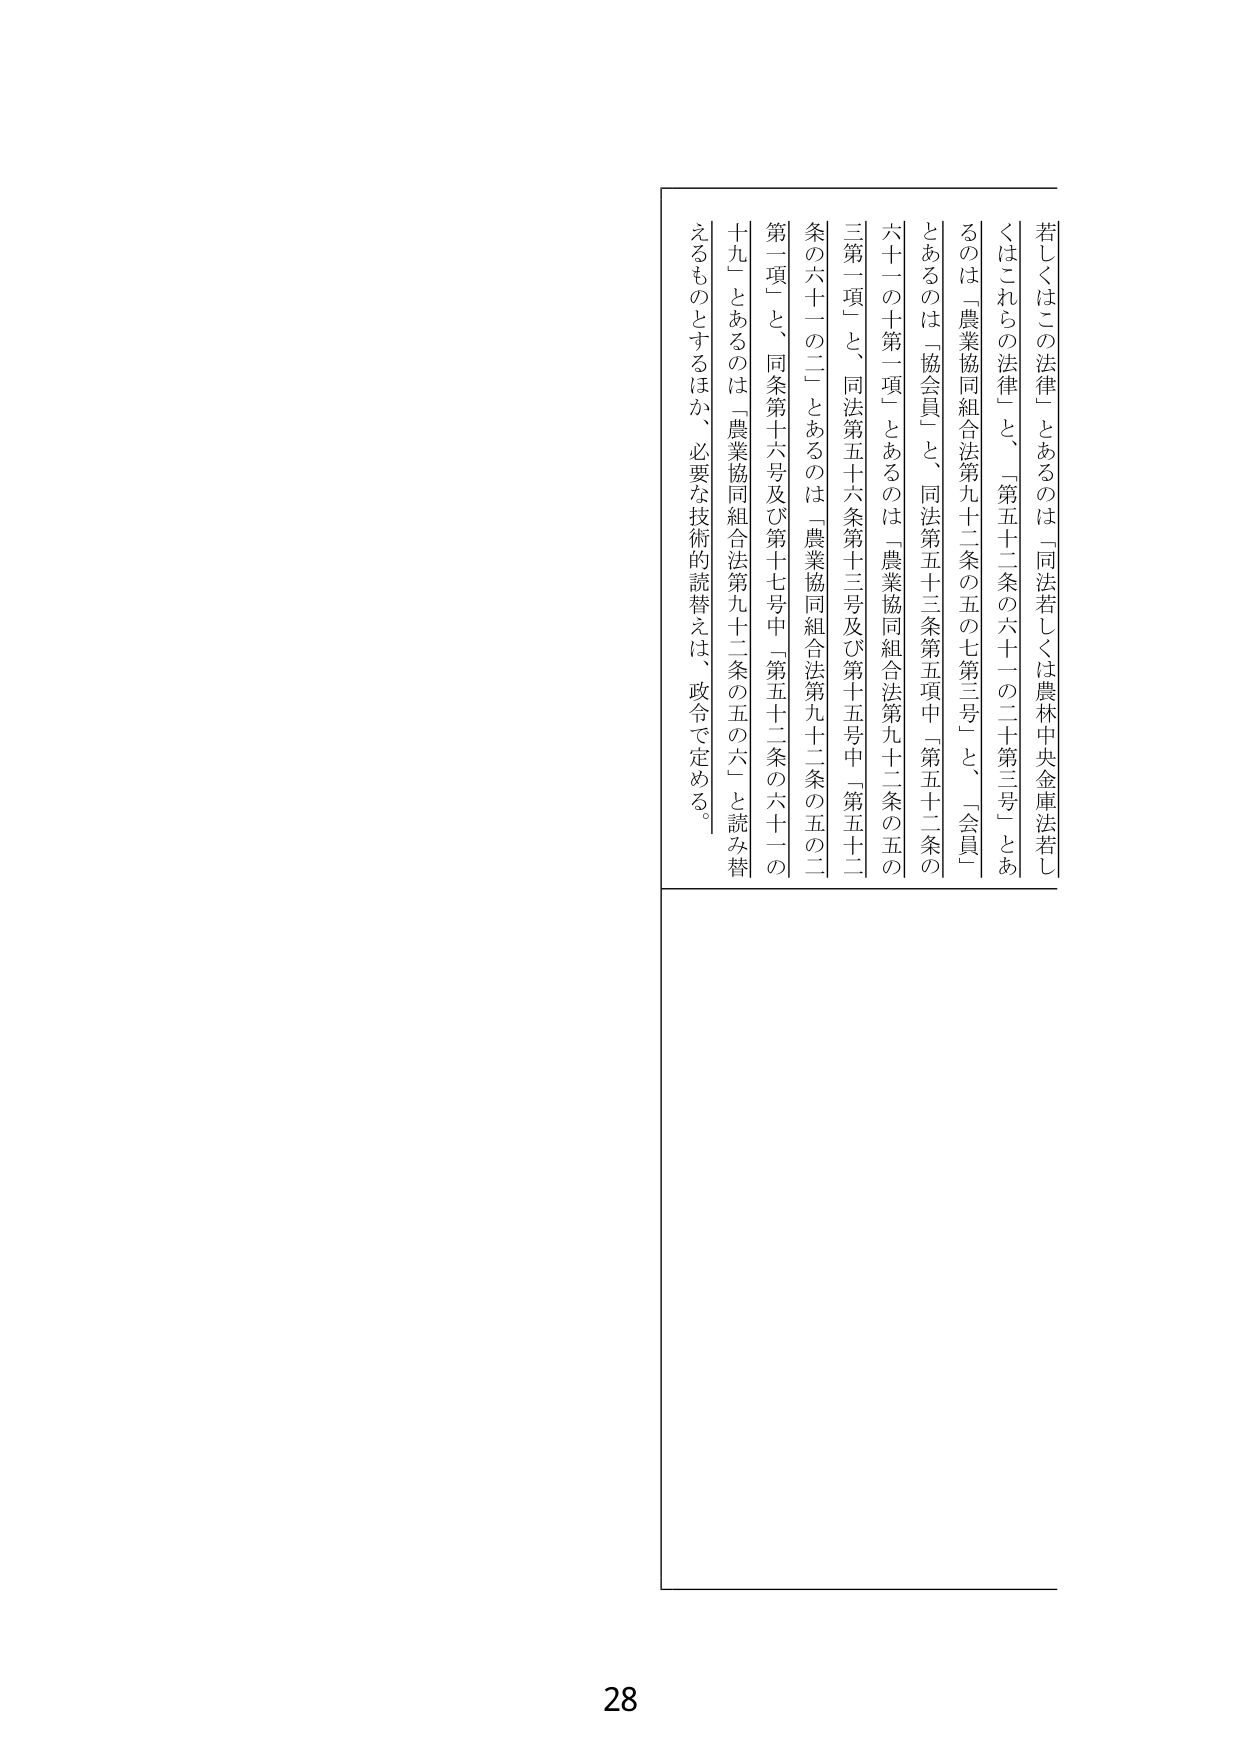
若しくはこの法律」とあるのは「同法若しくは農林中央金庫法若しくはこれらの法律」と、「第五十二条の六十一の二十第三号」とあるのは「農業協同組合法第九十二条の五の七第三号」と、「会員」とあるのは「協会員」と、同法第五十三条第五項中「第五十二条の六十一の十第一項」とあるのは「農業協同組合法第九十二条の五の三第一項」と、同法第五十六条第十三号及び第十五号中「第五十二条の六十一の二」とあるのは「農業協同組合法第九十二条の五の二第一項」と、同条第十六号及び第十七号中「第五十二条の六十一の十九」とあるのは「農業協同組合法第九十二条の五の六」と読み替えるものとするほか、必要な技術的読替えは、政令で定める。